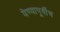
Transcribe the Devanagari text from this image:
येण्यापूर्वींच